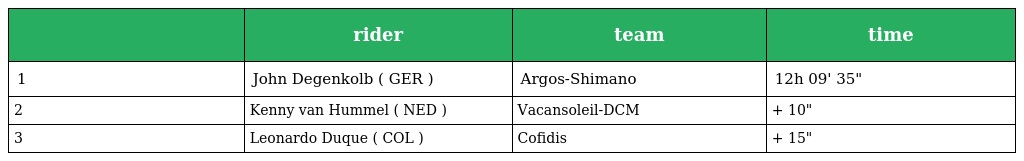
|  | rider | team | time |
 | --- | --- | --- | --- |
 | 1 | John Degenkolb ( GER ) | Argos-Shimano | 12h 09' 35" |
 | 2 | Kenny van Hummel ( NED ) | Vacansoleil-DCM | + 10" |
 | 3 | Leonardo Duque ( COL ) | Cofidis | + 15" |